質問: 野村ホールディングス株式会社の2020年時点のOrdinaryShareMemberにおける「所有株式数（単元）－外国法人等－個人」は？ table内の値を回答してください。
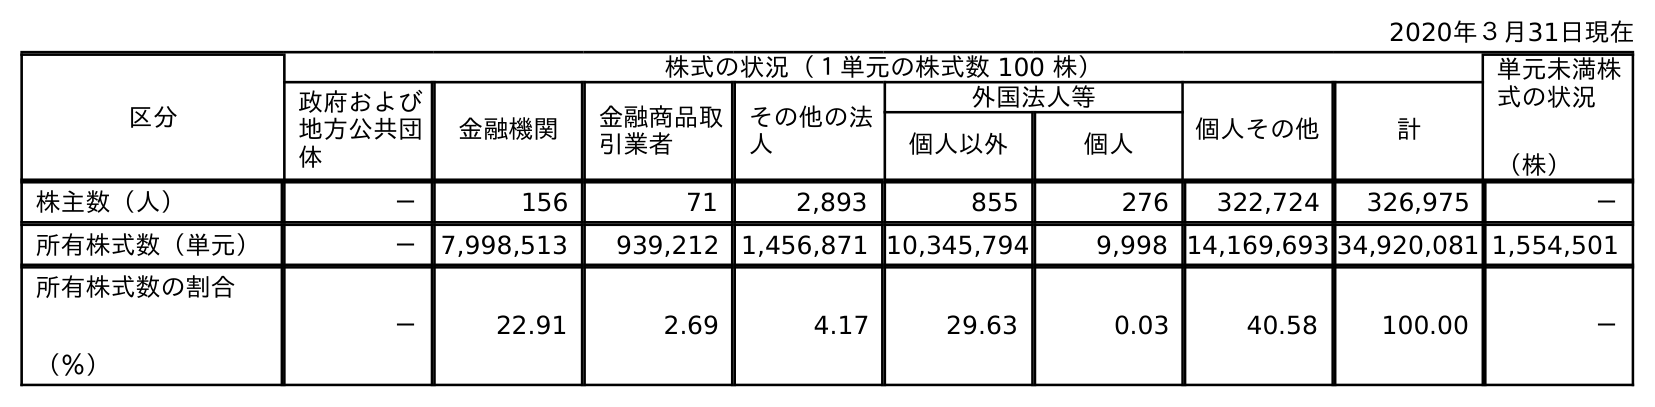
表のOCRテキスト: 2020年３月31日現在 区分 株式の状況（１単元の株式数 100 株） 単元未満株 式の状況 （株） 政府および 地方公共団 体 金融機関 金融商品取 引業者 その他の法 人 外国法人等 個人その他 計 個人以外 個人 株主数（人） － 156 71 2,893 855 276 322,724 326,975 － 所有株式数（単元） － 7,998,513 939,212 1,456,871 10,345,794 9,998 14,169,693 34,920,081 1,554,501 所有株式数の割合 （％） － 22.91 2.69 4.17 29.63 0.03 40.58 100.00 －
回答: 9,998